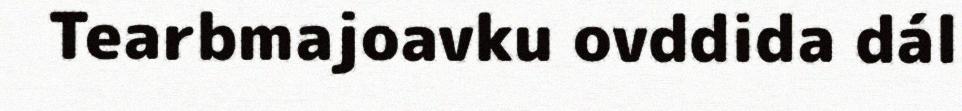
Tearbmajoavku ovddida dál